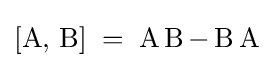
[\operatorname {A} ,\,\operatorname {B} ]\;=\;\operatorname {A} \operatorname {B} -\operatorname {B} \operatorname {A}